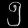
Digit: ၅